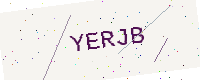
Text: YERJB